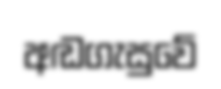
අඬගැසුවේ